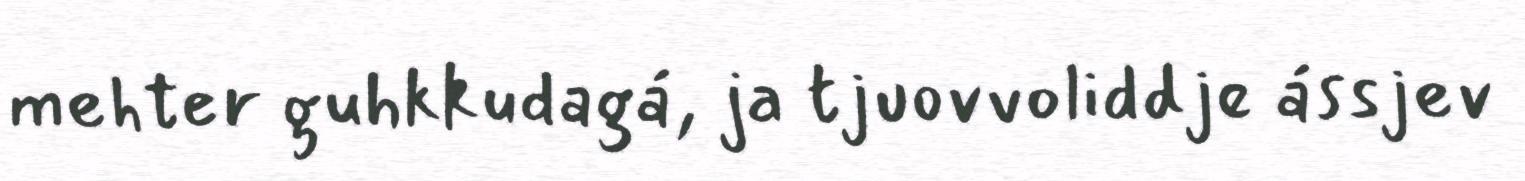
mehter guhkkudagá, ja tjuovvoliddje ássjev